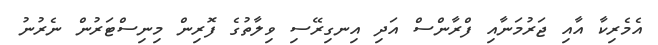
އެމެރިކާ އާއި ޖަރުމަނާއި ފްރާންސް އަދި އިނގިރޭސި ވިލާތުގެ ފޮރިން މިނިސްޓަރުން ނެރުނު